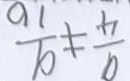
\frac { 9 } { 4 } \neq \frac { 9 } { 1 6 }